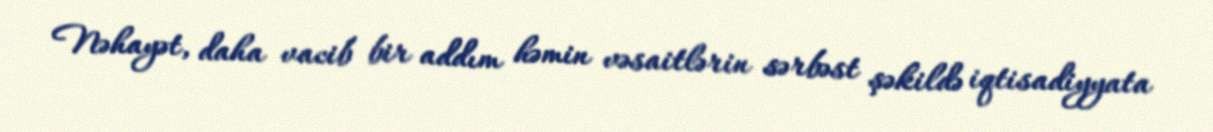
Nəhayət, daha vacib bir addım həmin vəsaitlərin sərbəst şəkildə iqtisadiyyata